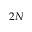
2 N